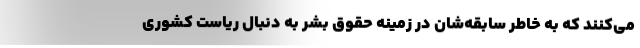
می‌کنند که به خاطر سابقه‌شان در زمینه حقوق بشر به دنبال ریاست کشوری